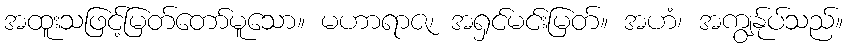
အထူးသဖြင့်မြတ်တော်မူသော။ မဟာရာဇ၊ အရှင်မင်းမြတ်။ အဟံ၊ အကျွန်ုပ်သည်။